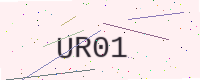
Text: UR01